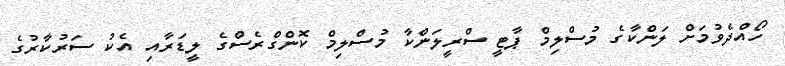
ހޯއްދެވުމަށް ލަންކާގެ މުސްލިމް ޕާޓީ ސްރީލަންކާ މުސްލިމް ކޮންގްރެސްގެ ލީޑަރާއި އެކު ސަރުކާރުގެ